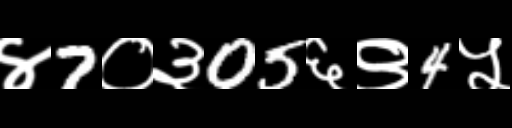
Text: ४7०३05६९4५